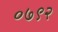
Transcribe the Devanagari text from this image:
०७९२